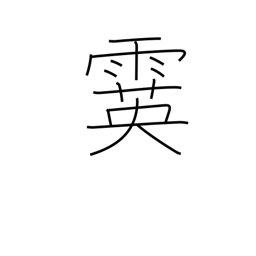
Meaning: sleet